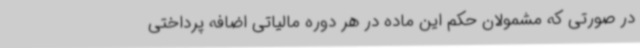
در صورتی که مشمولان حکم این ماده در هر دوره مالیاتی اضافه پرداختی